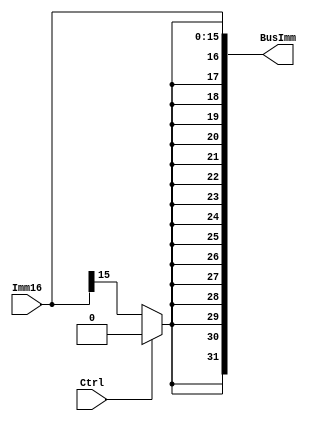
`timescale 1ns / 1ps

module SignExtender(BusImm, Imm16, Ctrl);
output [31:0] BusImm; //output sign extended or zero extended number
input [15:0] Imm16; //input number
input Ctrl; //sign extend or zero extend

wire extBit; //used to deteremine what the number gets sign extended with
assign #1 extBit=(Ctrl ? 1'b0:Imm16[15]); //is ctrl high? then extbit is 0 else its sign extended. the error was here should be 15(MSB)
assign BusImm={{16{extBit}}, Imm16[15:0]}; //concatenate with the 16 bit extension

endmodule